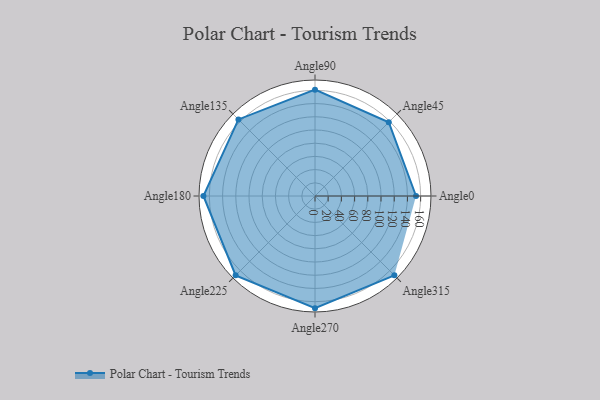
{"axis": {"x": "Angle", "y": "Radius"}, "legend": [""], "data": [{"x": "Angle0", "y": 153.0, "type": ""}, {"x": "Angle45", "y": 158.0, "type": ""}, {"x": "Angle90", "y": 161.0, "type": ""}, {"x": "Angle135", "y": 164.0, "type": ""}, {"x": "Angle180", "y": 169.0, "type": ""}, {"x": "Angle225", "y": 170, "type": ""}, {"x": "Angle270", "y": 170, "type": ""}, {"x": "Angle315", "y": 170, "type": ""}]}